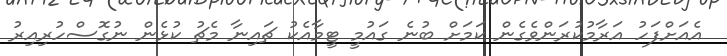
އެއަށްފަހު އަރާމުކުރަންވެގެން ކަމަށް ބުނެ ގައުމީ ޓީމާއެކު ޗައިނާ މެޗު ކުޅެން ނުގޮސްހުރިއިރު